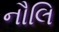
નૌલિ